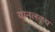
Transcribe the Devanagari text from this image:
यानलकूप